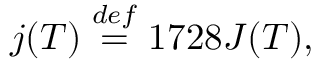
j ( T ) \stackrel { d e f } { = } 1 7 2 8 J ( T ) ,